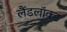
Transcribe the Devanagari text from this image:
लैंडलॉक्ड